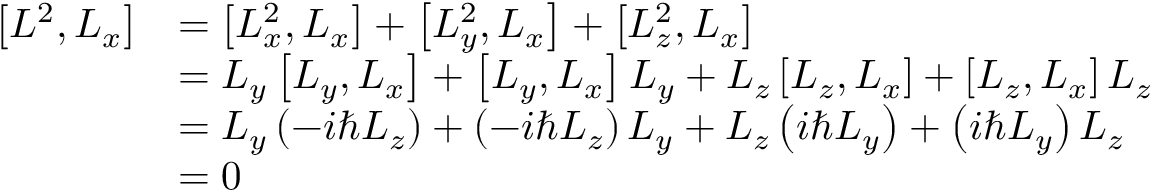
{ \begin{array} { r l } { \left[ L ^ { 2 } , L _ { x } \right] } & { = \left[ L _ { x } ^ { 2 } , L _ { x } \right] + \left[ L _ { y } ^ { 2 } , L _ { x } \right] + \left[ L _ { z } ^ { 2 } , L _ { x } \right] } \\ & { = L _ { y } \left[ L _ { y } , L _ { x } \right] + \left[ L _ { y } , L _ { x } \right] L _ { y } + L _ { z } \left[ L _ { z } , L _ { x } \right] + \left[ L _ { z } , L _ { x } \right] L _ { z } } \\ & { = L _ { y } \left( - i \hbar L _ { z } \right) + \left( - i \hbar L _ { z } \right) L _ { y } + L _ { z } \left( i \hbar L _ { y } \right) + \left( i \hbar L _ { y } \right) L _ { z } } \\ & { = 0 } \end{array} }